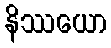
နိဿယော